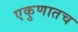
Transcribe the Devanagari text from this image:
एकुणातच